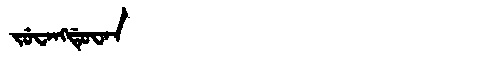
Manchu: ᠵᡠᠸᠠᠩᡩᡠᠸᠠᠨ
Romanization: JUWANGDUWAN